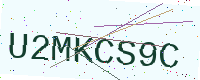
Text: U2MKCS9C